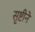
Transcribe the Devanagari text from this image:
सृष्टीने